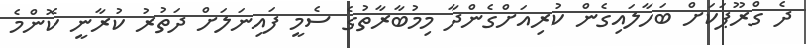
ދެ ގްރޫޕަކަށް ބަހާލައިގެން ކުރިއަށްގެންދާ މިމުބާރާތުގެ ސެމީ ފައިނަލަށް ދަތުރު ކުރާނީ ކޮންމެ